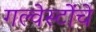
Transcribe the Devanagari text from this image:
गल्वेस्टोंचे